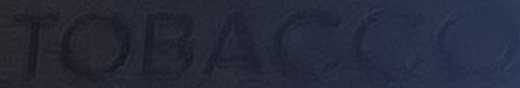
TOBACCO